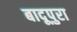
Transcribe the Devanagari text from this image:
बादूपुरा